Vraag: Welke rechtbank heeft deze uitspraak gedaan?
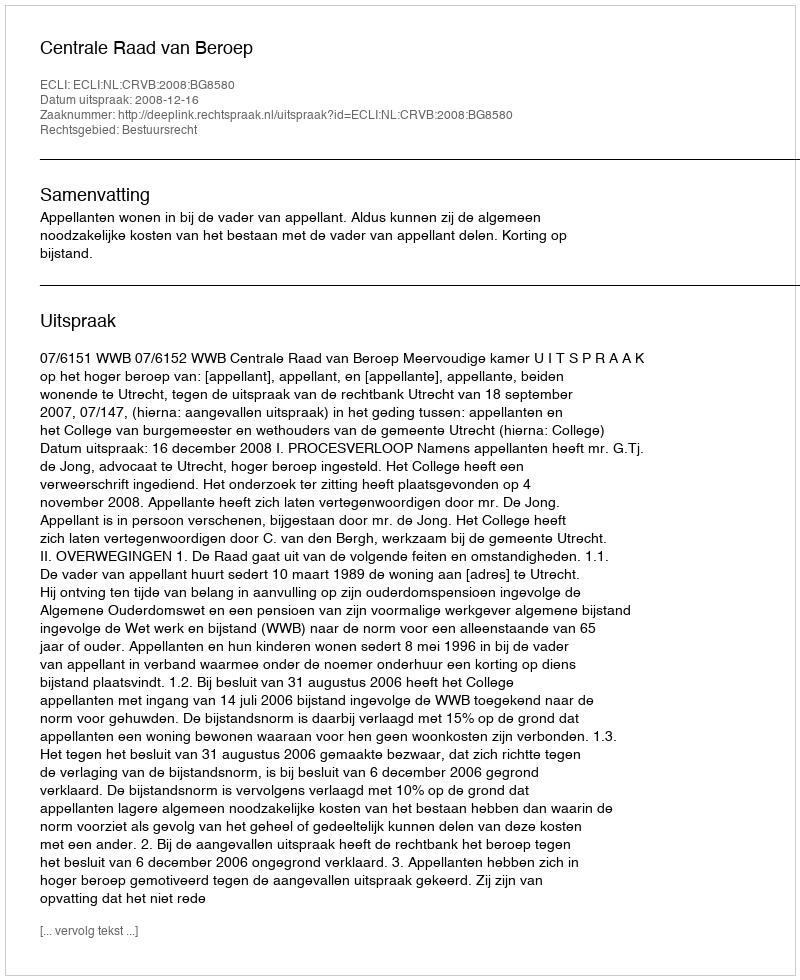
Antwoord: Centrale Raad van Beroep